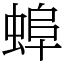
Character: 𧌓